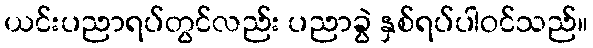
ယင်းပညာရပ်တွင်လည်း ပညာခွဲ နှစ်ရပ်ပါဝင်သည်။